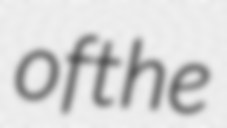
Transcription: of the